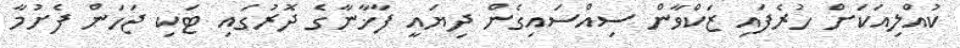
ކުއްލިއަކަށް ހުރެފައި ޒަކްވާން ސިއްސައިގެން ދިޔައީ ފާޚާނާގެ ދޮރުގައި ޓަކި ޖަހަން ފެށުމާ